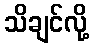
သိချင်လို့